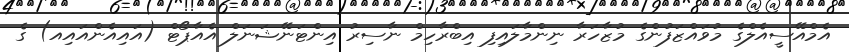
އެމްއޭސީއެލްގެ މުވައްޒަފުންގެ މުޒާހަރާ ނިންމާލައިފި އިބްރާހިމް ނާސިރު އިންޓަނޭޝަނަލް އެއާޕޯޓް (އައިއެންއައިއ) ގެ